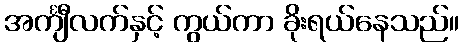
အင်္ကျီလက်နှင့် ကွယ်ကာ ခိုးရယ်နေသည်။